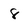
Character: 8